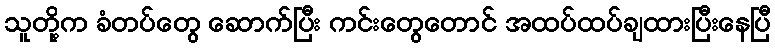
သူတို့က ခံတပ်တွေ ဆောက်ပြီး ကင်းတွေတောင် အထပ်ထပ်ချထားပြီးနေပြီ